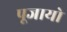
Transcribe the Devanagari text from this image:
पूजायो